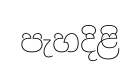
පැහදිළි